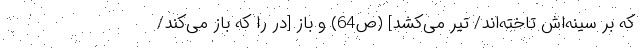
که بر سینه‌اش تاخته‌اند/ تیر می‌کشد] (ص64) و باز [در را که باز می‌کند/